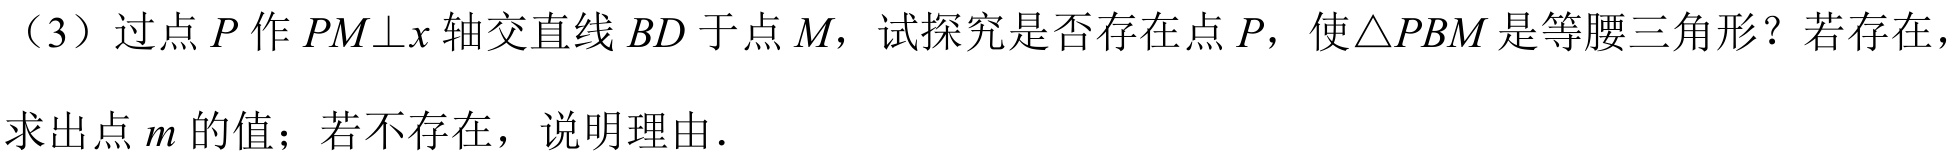
（3）过点\(P\)作\(PM\bot x\)轴交直线\(BD\)于点\(M\)，试探究是否存在点\(P\)，使\(\triangle PBM\)是等腰三角形？若存在，求出点\(m\)的值；若不存在，说明理由．